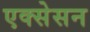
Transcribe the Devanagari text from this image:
एक्सेसन